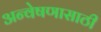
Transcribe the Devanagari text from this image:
अन्वेषणासाठी